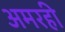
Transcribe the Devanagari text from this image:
अमरही